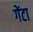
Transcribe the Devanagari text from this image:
गेंटा